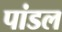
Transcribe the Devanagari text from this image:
पांडल